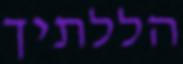
הללתיך